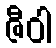
ဇီဝါ